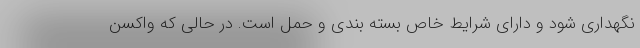
نگهداری شود و دارای شرایط خاص بسته بندی و حمل است. در حالی که واکسن